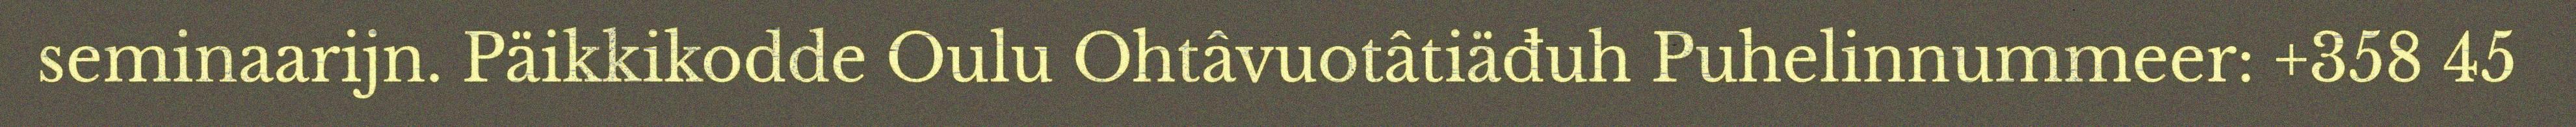
seminaarijn. Päikkikodde Oulu Ohtâvuotâtiäđuh Puhelinnummeer: +358 45